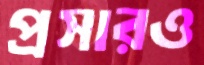
প্রসারও